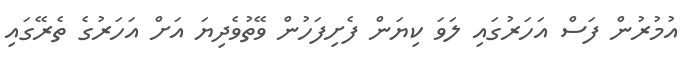
އުމުރުން ފަސް އަހަރުގައި ލަވަ ކިޔަން ފެށިފަހުން ވޭތުވެދިޔަ އަށް އަހަރުގެ ތެރޭގައި